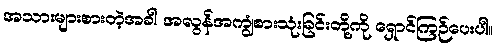
အသားများစားတဲ့အခါ အလွန်အကျွံစားသုံးခြင်းတို့ကို ရှောင်ကြဉ်ပေးပါ။